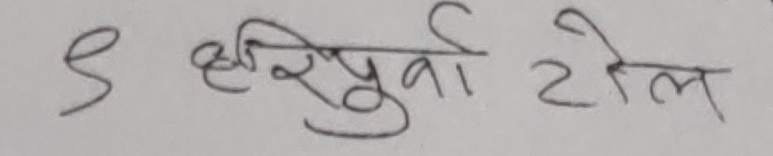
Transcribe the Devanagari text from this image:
९ हिरिपुवा टोल